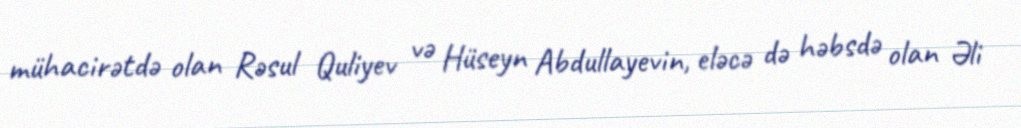
mühacirətdə olan Rəsul Quliyev və Hüseyn Abdullayevin, eləcə də həbsdə olan Əli